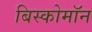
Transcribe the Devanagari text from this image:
बिस्कोमॉन